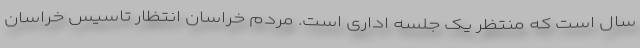
سال است که منتظر یک جلسه اداری است. مردم خراسان انتظار تاسیس خراسان